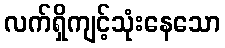
လက်ရှိကျင့်သုံးနေသော